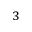
_ { 3 }